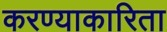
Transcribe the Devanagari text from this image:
करण्याकारिता